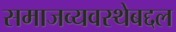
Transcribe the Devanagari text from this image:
समाजव्यवस्थेबद्दल